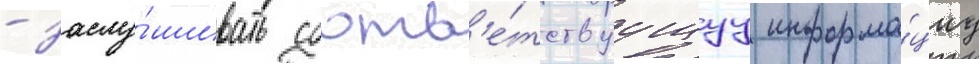
- заслу́шивать соотв'е́тствуущуу информа́циу